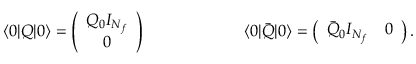
\langle 0 | Q | 0 \rangle = \left( \begin{array} { c } { { Q _ { 0 } I _ { N _ { f } } } } \\ { { 0 } } \end{array} \right) \qquad \qquad \qquad \langle 0 | \bar { Q } | 0 \rangle = \left( \begin{array} { c c } { { \bar { Q } _ { 0 } I _ { N _ { f } } } } & { { 0 } } \end{array} \right) .